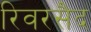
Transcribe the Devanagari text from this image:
रिवरसैद